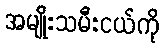
အမျိုးသမီးငယ်ကို